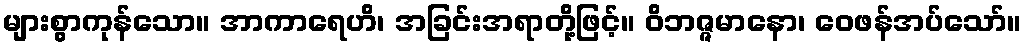
များစွာကုန်သော။ အာကာရေဟိ၊ အခြင်းအရာတို့ဖြင့်။ ဝိဘဇ္ဇမာနော၊ ဝေဖန်အပ်သော်။